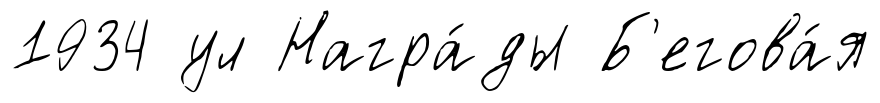
1934 ул Награ́ды Б'егова́я